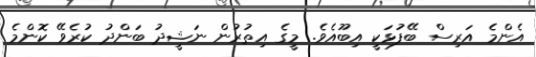
އެންމެ އަރިސް ބޭފުޅަކީ އިބޫއެވެ. މީގެ އިތުރުން ނަޝީދު ބަންދު ކުރެވޭ ކޮންމެ